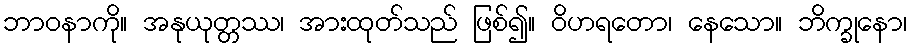
ဘာဝနာကို။ အနုယုတ္တဿ၊ အားထုတ်သည် ဖြစ်၍။ ဝိဟရတော၊ နေသော။ ဘိက္ခုနော၊